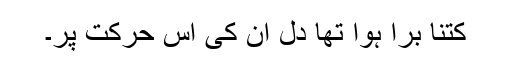
کتنا برا ہوا تھا دل ان کی اس حرکت پر۔